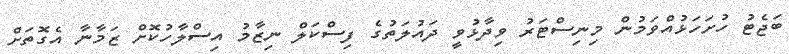
ބަޖެޓު ހުށަހަޅުއްވަމުން މިނިސްޓަރު ވިދާޅުވީ ދައުލަތުގެ ފިސްކަލް ނިޒާމު އިސްލާހުކޮށް ޒަމާނާ އެގޮތަށް